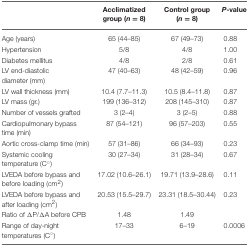
|  | Acclimatized group (n = 8) | Control group (n = 8) | P-value |
 | --- | --- | --- | --- |
 | Age (years) | 65 (44–85) | 67 (49–73) | 0.88 |
 | Hypertension | 5/8 | 4/8 | 1.00 |
 | Diabetes mellitus | 4/8 | 2/8 | 0.61 |
 | LV end-diastolic diameter (mm) | 47 (40–63) | 48 (42–59) | 0.96 |
 | LV wall thickness (mm) | 10.4 (7.7–11.3) | 10.5 (8.4–11.8) | 0.87 |
 | LV mass (gr.) | 199 (136–312) | 208 (145–310) | 0.87 |
 | Number of vessels grafted | 3 (2–4) | 3 (2–5) | 0.88 |
 | Cardiopulmonary bypass time (min) | 87 (54–121) | 96 (57–203) | 0.55 |
 | Aortic cross-clamp time (min) | 57 (31–86) | 66 (34–93) | 0.23 |
 | Systemic cooling temperature (C°) | 30 (27–34) | 31 (28–34) | 0.67 |
 | LVEDA before bypass and before loading (cm2) | 17.02 (10.6–26.1) | 19.71 (13.9–28.6) | 0.11 |
 | LVEDA before bypass and after loading (cm2) | 20.53 (15.5–29.7) | 23.31 (18.5–30.44) | 0.23 |
 | Ratio of ΔP/ΔA before CPB | 1.48 | 1.49 |  |
 | Range of day-night temperatures (C°) | 17–33 | 6–19 | 0.0006 |